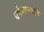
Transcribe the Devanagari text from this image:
धर्मशास्त्राने